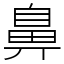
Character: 鼻